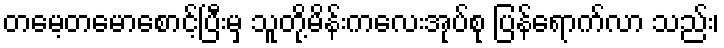
တမေ့တမောစောင့်ပြီးမှ သူတို့မိန်းကလေးအုပ်စု ပြန်ရောက်လာ သည်း၊